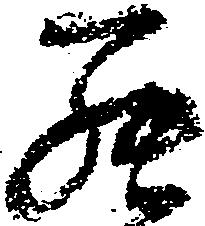
然